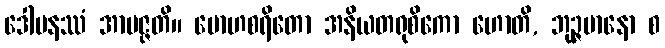
ဒေါမနဿံ အာပဇ္ဇတိ။ မောဟစရိတော အနိယတရုစိကော ဟောတိ, ဘုဉ္ဇမာနော စ